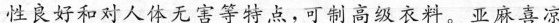
性良好和对人体无害等特点，可制高级衣料。亚麻喜凉